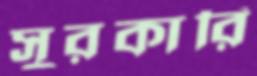
সুরকারি